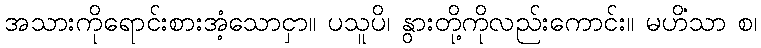
အသားကိုရောင်းစားအံ့သောငှာ။ ပသူပိ၊ နွားတို့ကိုလည်းကောင်း။ မဟိံသာ စ၊